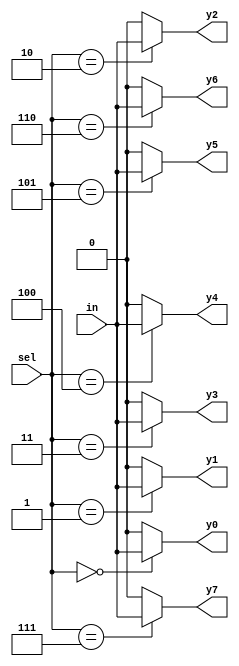
module demux(in,sel,y0,y1,y2,y3,y4,y5,y6,y7);
  input in;
  input [2:0] sel;
  output reg y0,y1,y2,y3,y4,y5,y6,y7;
  assign y0=(sel==3'b000)?in:1'b0;
  assign y1=(sel==3'b001)?in:1'b0;
  assign y2=(sel==3'b010)?in:1'b0;
  assign y3=(sel==3'b011)?in:1'b0;
  assign y4=(sel==3'b100)?in:1'b0;
  assign y5=(sel==3'b101)?in:1'b0;
  assign y6=(sel==3'b110)?in:1'b0;
  assign y7=(sel==3'b111)?in:1'b0;
endmodule